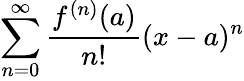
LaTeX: \sum_{n=0}^{\infty}{\frac{f^{(n)}(a)}{n!}}(x-a)^{n}